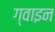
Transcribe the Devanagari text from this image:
ग्वाइन